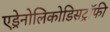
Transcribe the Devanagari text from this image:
एड्रेनोलिकोडिसट्रॉफी